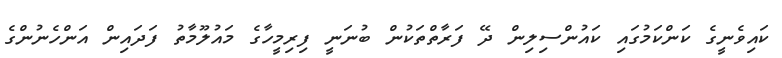
ކައިވެނީގެ ކަންކަމުގައި ކައުންސިލިން ދޭ ފަރާތްތަކުން ބުނަނީ ފިރިމީހާގެ މައުލޫމާތު ފަދައިން އަންހެނުންގެ